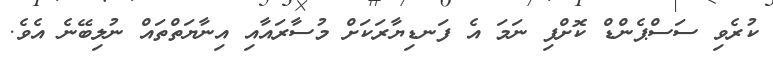
ކުރެވި ސަސްޕެންޑް ކޮށްފި ނަމަ އެ ފަނޑިޔާރަކަށް މުސާރައާއި އިނާޔަތްތައް ނުލިބޭނެ އެވެ.